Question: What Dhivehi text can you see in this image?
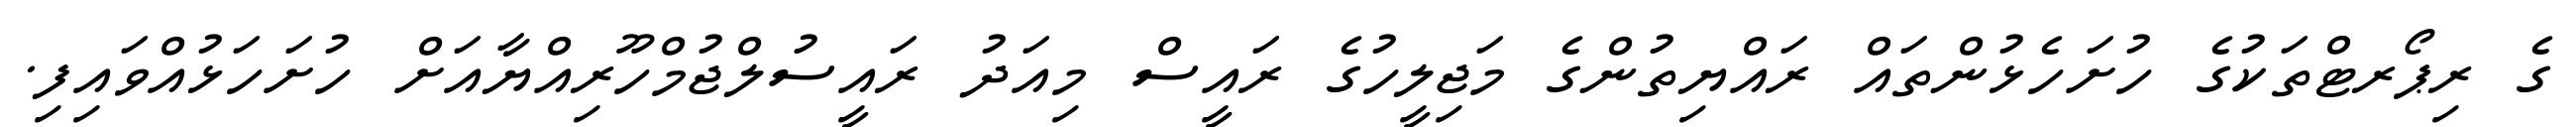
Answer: ގެ ރިޕޯރޓްތަކުގެ ހުށަހެޅުންތައް ރައްޔިތުންގެ މަޖިލީހުގެ ރައީސް މިއަދު ރައީސުލްޖުމްހޫރިއްޔާއަށް ހުށަހަޅުއްވައިފި.